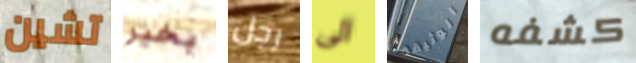
تشين بخير رجل الى الوثيقة كشفه